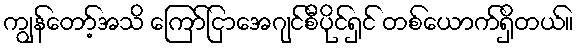
ကျွန်တော့်အသိ ကြော်ငြာအေဂျင်စီပိုင်ရှင် တစ်ယောက်ရှိတယ်။